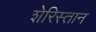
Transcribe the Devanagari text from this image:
शेरिस्तान